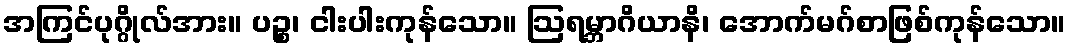
အကြင်ပုဂ္ဂိုလ်အား။ ပဉ္စ၊ ငါးပါးကုန်သော။ ဩရမ္ဘာဂိယာနိ၊ အောက်မဂ်စာဖြစ်ကုန်သော။